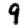
Digit: 9